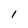
Character: l